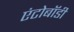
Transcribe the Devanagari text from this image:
एंटोबॉडी